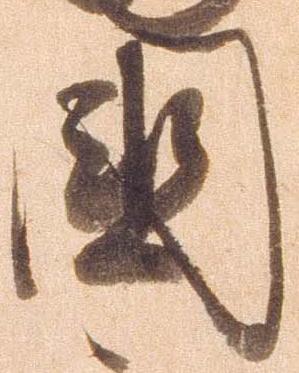
国